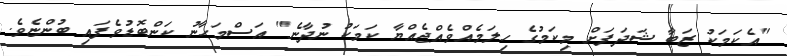
"އެކަމަކު ޒަބާ ޝަދަފަށް މިކަމުގެ ހިލަމެއްވެއްޖެއްޔާ ކަމަކު ނުދާނެ" އަސްމަހާނު ކަންބޮޑުވެފައި ބުންޏެވެ.